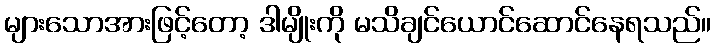
များသောအားဖြင့်တော့ ဒါမျိုးကို မသိချင်ယောင်ဆောင်နေရသည်။